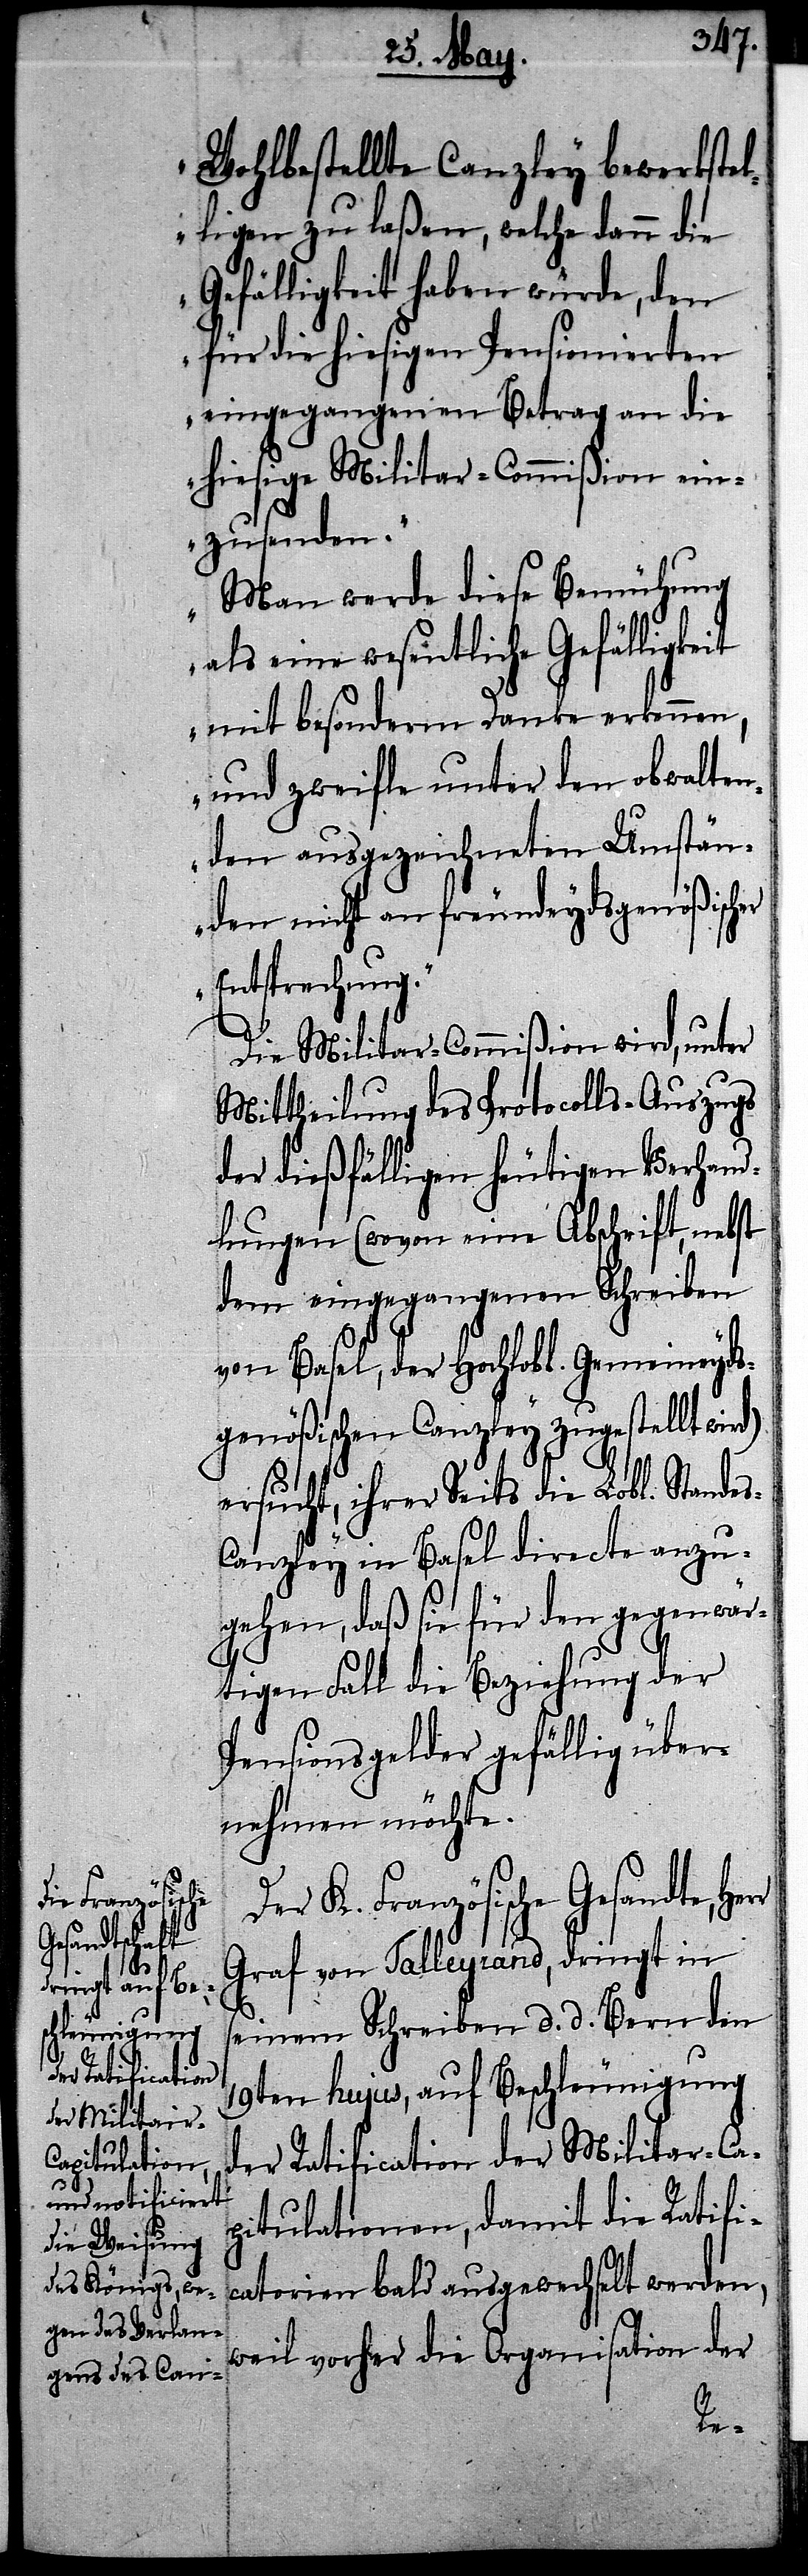
Wohlbestellte Canzley bewerkste¬
lligen zu laßen, welche dann die
Gefälligkeit haben würde, den
für die hiesigen Pensionierten
eingegangenen Betrag an die
hiesige Militar-Commißion ein¬
zusenden.
Man werde diese Bemühung
als eine wesentliche Gefälligkeit
mit besonderm Danke erkennen,
und zweifle unter den obwalten¬
den ausgezeichneten Umstän¬
den nicht an freundeydsgenößisch¬
Entsprechung.“
Die Militar-Commißion wird, unter
Mittheilung des Protocolls-Auszugs
der dießfälligen heutigen Verhand¬
lungen (wovon eine Abschrift, nebst
dem eingegangenen Schreiben
von Basel, der Hochlobl. Gemeineyds¬
genößischen Canzley zugestellt wird)
ersucht, ihrer Seits die Lobl. Stande¬
s-Canzley in Basel directe anzu¬
gehen, daß sie für den gegenwär¬
tigen Fall die Beziehung der
Pensionsgelder gefällig über¬
nehmen möchte.
Der K. Französische Gesandte,
Graf von Talleyrand, dringt in
seinem Schreiben d. d. Bern den
19ten hujus, auf Beschleunigung
der Ratification der Militar-Ca¬
pitulationen, damit die Ratifi¬
catorien bald ausgewechselt werden,
weil vorher die Organisation der
er